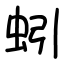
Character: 蚓